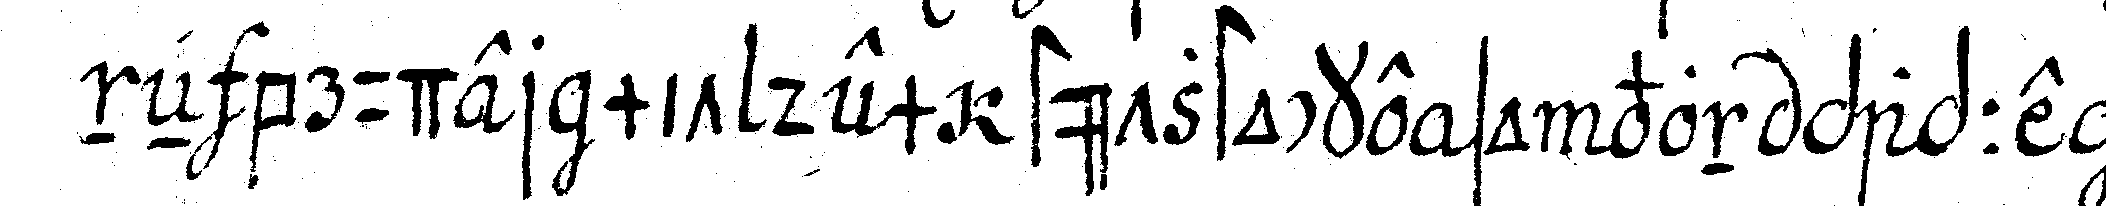
neN bruder mit dem stützstocke so von pappe